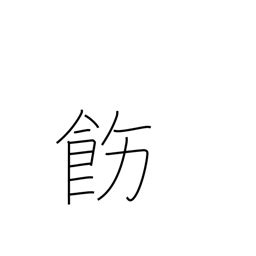
Meaning: rectify